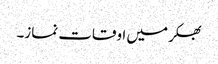
بھکر میں اوقات نماز۔